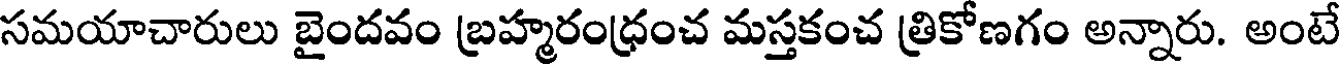
సమయాచారులు బైందవం బ్రహ్మరంధ్రంచ మస్తకంచ త్రికోణగం అన్నారు. అంటే